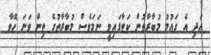
އަދި އެ ގައުމު މުބާރާތުން ކަޓާފައިވީ ނަމަވެސް މުބާރާތުގެ ތިން ވަނަ ހޮވާ